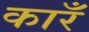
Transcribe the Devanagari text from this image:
कारँ